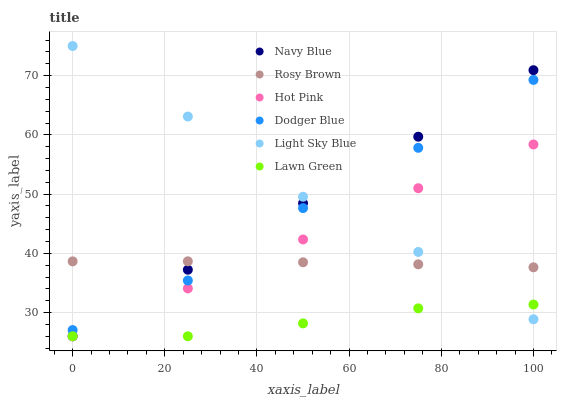
| xaxis_label | Navy Blue | Rosy Brown | Hot Pink | Dodger Blue | Light Sky Blue | Lawn Green |
 | --- | --- | --- | --- | --- | --- | --- |
 | 0 | 26 | 38.6 | 26 | 27 | 75 | 26 |
 | 25 | 37.2 | 38.7 | 34.1 | 35.4 | 63.1 | 26 |
 | 50 | 48.5 | 38.5 | 42.3 | 47.6 | 49.5 | 28.2 |
 | 75 | 59.7 | 38.1 | 51 | 57.8 | 40.2 | 30.7 |
 | 100 | 70.9 | 37.6 | 58.4 | 69.3 | 28.9 | 31.4 |